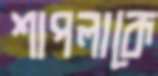
শাপলাকে